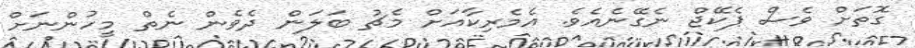
ގޮތަށް ވެސް ޕެކޭޖް ނެގޭނެއެވެ. އެމެރިކާއަށް މެޗު ބަލަން ދެވެން ނެތް މީހުންނަށް